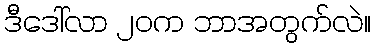
ဒီဒေါ်လာ ၂၀က ဘာအတွက်လဲ။